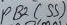
Text: PB2